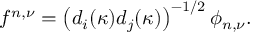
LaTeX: f ^ { n , \nu } = \left( d _ { i } ( \kappa ) d _ { j } ( \kappa ) \right) ^ { - 1 / 2 } \phi _ { n , \nu } .